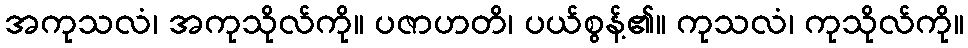
အကုသလံ၊ အကုသိုလ်ကို။ ပဇာဟတိ၊ ပယ်စွန့်၏။ ကုသလံ၊ ကုသိုလ်ကို။